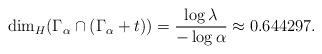
LaTeX: \begin{align*} \dim_H(\Gamma_\alpha\cap(\Gamma_\alpha+t))=\frac{\log\lambda}{-\log\alpha}\approx 0.644297.\end{align*}